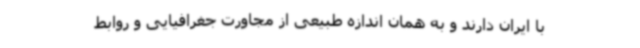
با ایران دارند و به همان اندازه طبیعی از مجاورت جغرافیایی و روابط